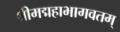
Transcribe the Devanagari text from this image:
श्रीमद्महाभागवतम्